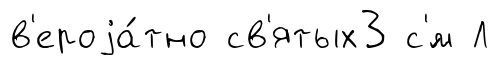
в'ероjа́тно св'ятых3 с'́м Л